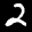
Label: 2